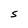
Character: S